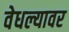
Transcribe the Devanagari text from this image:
वेधल्यावर